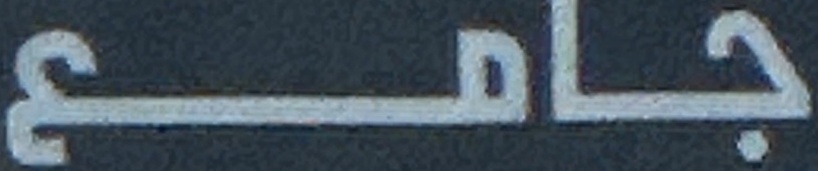
جامع